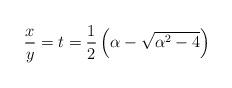
LaTeX: \begin{align*}\frac{x}{y} = t = \frac{1}{2}\left(\alpha - \sqrt{\alpha^2 - 4}\right)\end{align*}